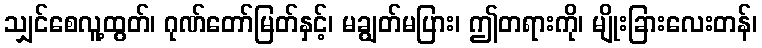
သျှင်စေလူ့ထွတ်၊ ဂုဏ်တော်မြတ်နှင့်၊ မချွတ်မပြား၊ ဤတရားကို၊ မျိုးခြားလေးတန်၊